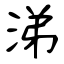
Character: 涕